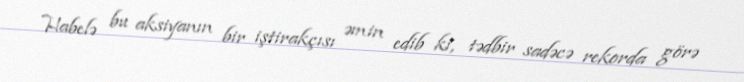
Habelə bu aksiyanın bir iştirakçısı əmin edib ki, tədbir sadəcə rekorda görə